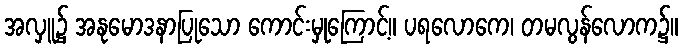
အလှူ၌ အနုမောဒနာပြုသော ကောင်းမှုကြောင့်။ ပရလောကေ၊ တမလွန်လောက၌။